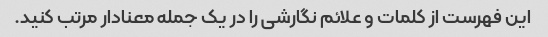
این فهرست از کلمات و علائم نگارشی را در یک جمله معنادار مرتب کنید.